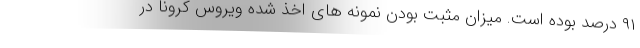
۹۱ درصد بوده است. میزان مثبت بودن نمونه های اخذ شده ویروس کرونا در